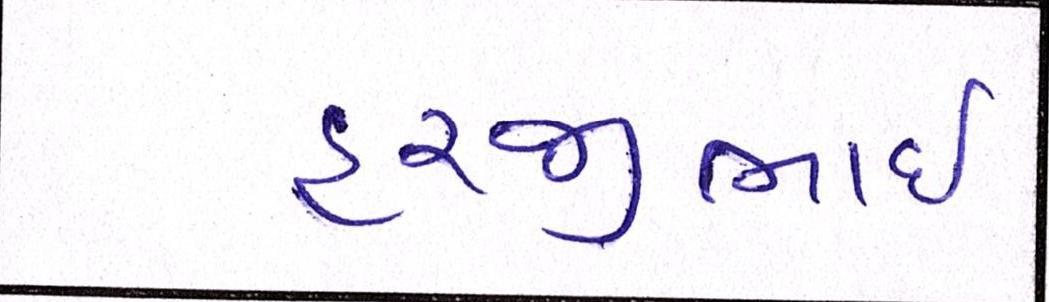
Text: હરજીભાઇ